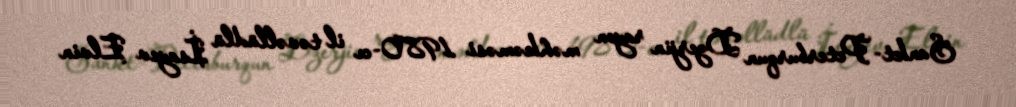
Sankt-Peterburqun Dzerjin rayon məhkəməsi 1980-cı il təvəllüdlü İsayev Elvin